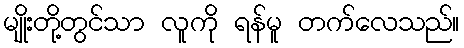
မျိုးတို့တွင်သာ လူကို ရန်မူ တက်လေသည်။